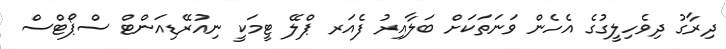
ދިރާގު ދިވެހިލީގުގެ އެހެން ވަނަތަކަށް ބަލާއިރު ފެއަރ ޕްލޭ ޓީމަކީ ނިއުރޭޑިއަންޓް ސްޕޯޓްސް